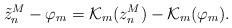
LaTeX: \begin{align*}\tilde{z}_n^M - \varphi_m = \mathcal {K}_m ({z}_n^M) - \mathcal {K}_m (\varphi_m).\end{align*}